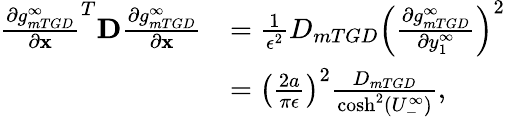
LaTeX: \begin{array}{rl}{\frac{\partial g_{mTGD}^{\infty}}{\partial\mathbf{x}}^{T}\mathbf{D}\frac{\partial g_{mTGD}^{\infty}}{\partial\mathbf{x}}}&{=\frac{1}{\epsilon^{2}}D_{mTGD}\left(\frac{\partial g_{mTGD}^{\infty}}{\partial y_{1}^{\infty}}\right)^{2}}\\ &{=\left(\frac{2a}{\pi\epsilon}\right)^{2}\frac{D_{mTGD}}{\cosh^{2}(U_{-}^{\infty})},}\end{array}